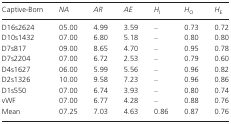
| Captive-Born | NA | AR | AE | HI | HO | HE |
 | --- | --- | --- | --- | --- | --- | --- |
 | D16s2624 | 05.00 | 4.99 | 3.59 | – | 0.73 | 0.72 |
 | D10s1432 | 07.00 | 6.80 | 5.18 | – | 0.80 | 0.80 |
 | D7s817 | 09.00 | 8.65 | 4.70 | – | 0.95 | 0.78 |
 | D7s2204 | 07.00 | 6.72 | 2.53 | – | 0.79 | 0.60 |
 | D4s1627 | 06.00 | 5.99 | 5.56 | – | 0.96 | 0.82 |
 | D2s1326 | 10.00 | 9.58 | 7.23 | – | 0.96 | 0.86 |
 | D1s550 | 07.00 | 6.74 | 3.93 | – | 0.80 | 0.74 |
 | vWF | 07.00 | 6.77 | 4.28 | – | 0.88 | 0.76 |
 | Mean | 07.25 | 7.03 | 4.63 | 0.86 | 0.87 | 0.76 |